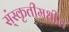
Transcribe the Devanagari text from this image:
स्ंस्कृतीमधील